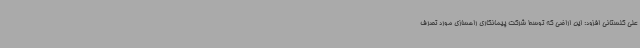
علی گلستانی افزود: این اراضی که توسط شرکت پیمانکاری راهسازی مورد تصرف